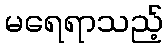
မရေရာသည့်